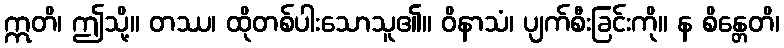
ဣတိ၊ ဤသို့။ တဿ၊ ထိုတစ်ပါးသောသူ၏။ ဝိနာသံ၊ ပျက်စီးခြင်းကို။ န စိန္တေတိ၊